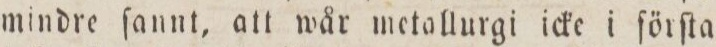
mindre ſannt, att wår metallurgi icke i förſta